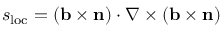
s _ { \mathrm { l o c } } = ( \mathbf { b } \times \mathbf { n } ) \cdot \nabla \times ( \mathbf { b } \times \mathbf { n } )